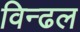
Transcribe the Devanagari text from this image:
विन्ढल